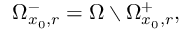
\Omega _ { x _ { 0 } , r } ^ { - } = \Omega \setminus \Omega _ { x _ { 0 } , r } ^ { + } ,